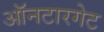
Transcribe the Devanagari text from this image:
ऑनटारगेट